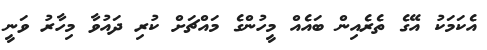
އެކަމަކު އޭގެ ތެރެއިން ބައެއް މީހުންގެ މައްޗަށް ކުރި ދައުވާ މިހާރު ވަނީ